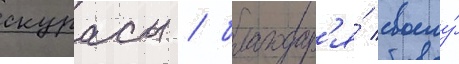
скурасы / благодар'я́ своему́